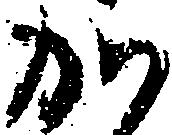
か